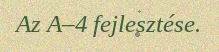
Az A–4 fejlesztése.